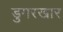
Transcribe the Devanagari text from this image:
डुमरखार